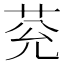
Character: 𦮀